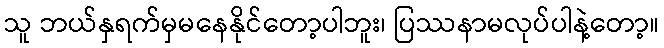
သူ ဘယ်နှရက်မှမနေနိုင်တော့ပါဘူး၊ ပြဿနာမလုပ်ပါနဲ့တော့။